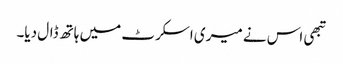
تبھی اس نے میری اسکرٹ میں ہاتھ ڈال دیا۔